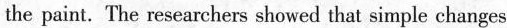
the paint. The researchers showed that simple changes